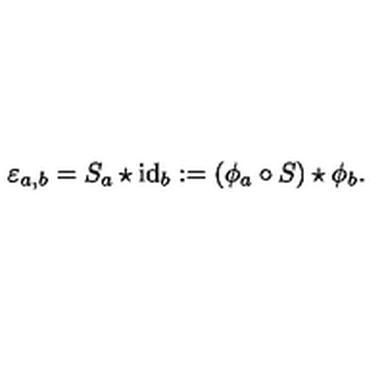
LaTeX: \varepsilon _ { a , b } = S _ { a } \star \mathrm { i d } _ { b } : = ( \phi _ { a } \circ S ) \star \phi _ { b } .